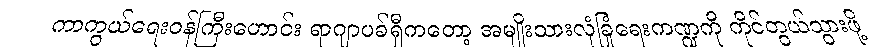
ကာကွယ်ရေးဝန်ကြီးဟောင်း ရာဂျာပခ်ရှီကတော့ အမျိုးသားလုံခြုံရေးကဏ္ဍကို ကိုင်တွယ်သွားဖို့